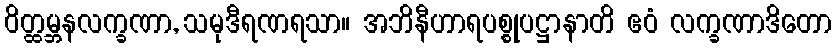
ဝိတ္ထမ္ဘနလက္ခဏာ, သမုဒီရဏရသာ။ အဘိနီဟာရပစ္စုပဋ္ဌာနာတိ ဧဝံ လက္ခဏာဒိတော